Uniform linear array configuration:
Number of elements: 16
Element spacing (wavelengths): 0.25
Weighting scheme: hann
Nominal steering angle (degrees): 30
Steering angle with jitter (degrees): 31.152
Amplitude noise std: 0.05
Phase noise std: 0.05

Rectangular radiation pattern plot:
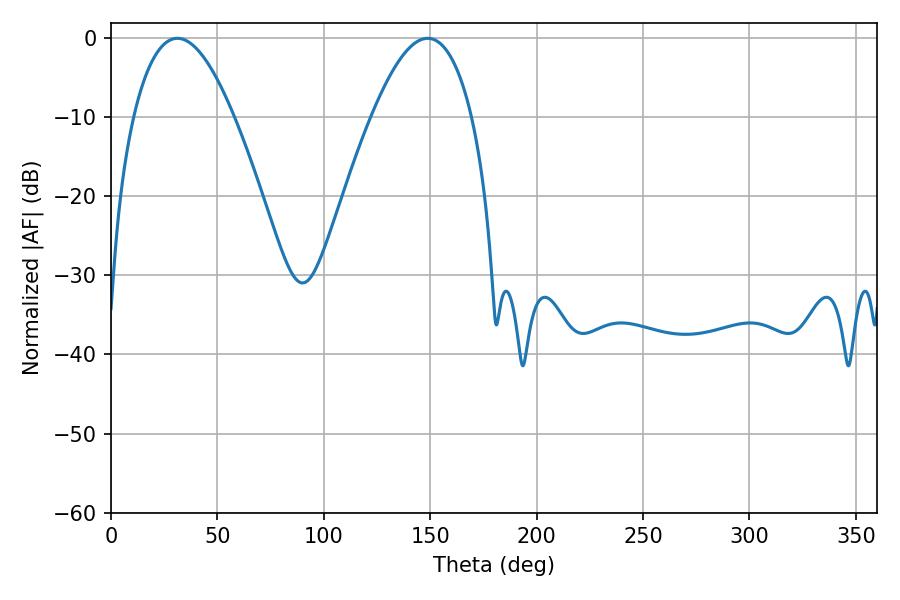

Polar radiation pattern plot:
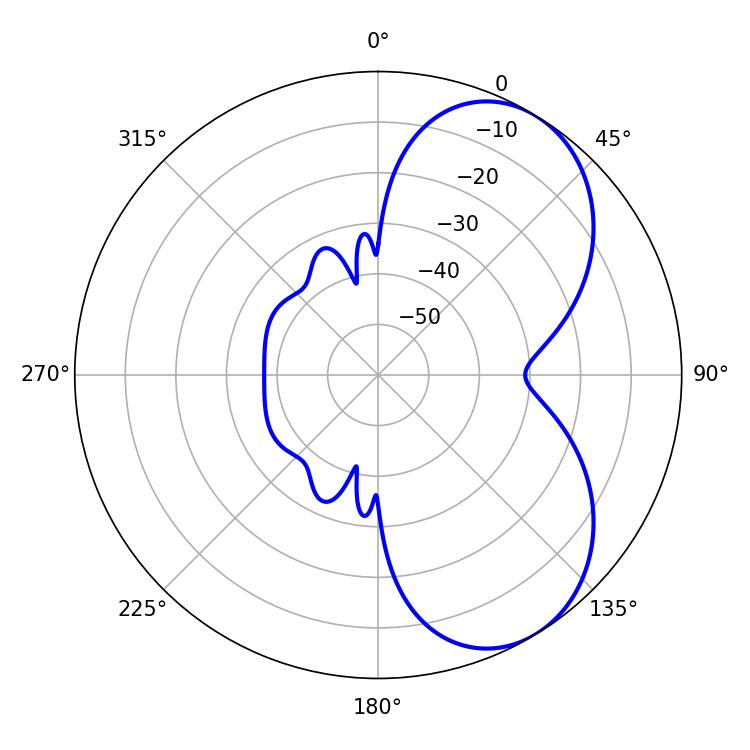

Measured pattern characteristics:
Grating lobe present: FALSE
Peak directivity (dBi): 5.848
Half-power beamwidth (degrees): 25.92
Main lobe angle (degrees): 31.14